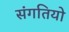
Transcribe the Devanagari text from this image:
संगतियो